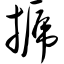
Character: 搋